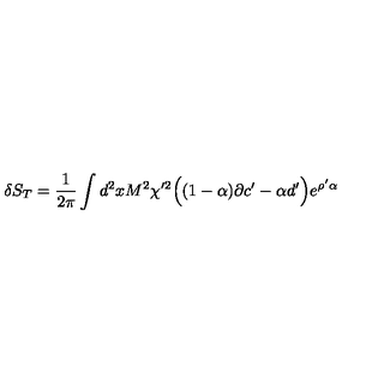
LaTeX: \delta S _ { T } = { \frac { 1 } { 2 \pi } } \int d ^ { 2 } x M ^ { 2 } \chi ^ { \prime 2 } \Big ( ( 1 - \alpha ) \partial c ^ { \prime } - \alpha d ^ { \prime } \Big ) e ^ { \rho ^ { \prime } \alpha }